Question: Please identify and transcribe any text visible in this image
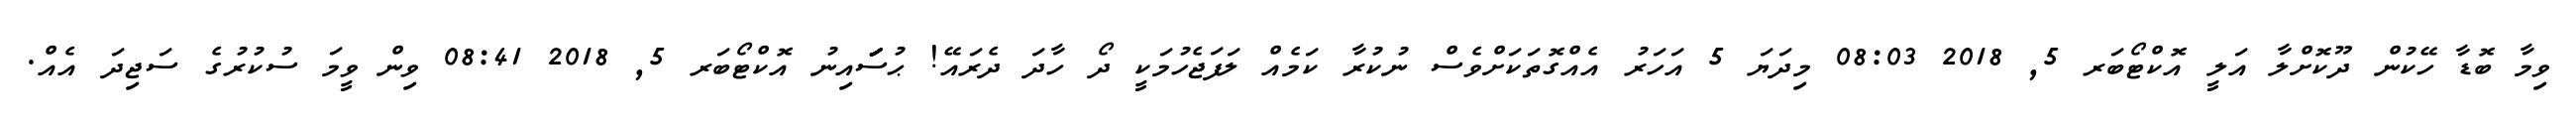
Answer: ވިމާ ބޮޑާ ހޭކުން ދޫކޮށްލާ އަލީ އޮކްޓޯބަރ 5, 2018 08:03 މިދަޔަ 5 އަހަރު އެއްގޮތަކަށްވެސް ނުކުރާ ކަމެއް ލަފަޖެހުމަކީ ދޯ ހާދަ ދެރައޭ! ޙުސަަަަަަަައިނު އޮކްޓޯބަރ 5, 2018 08:41 ވިން ވީމަ ސުކުރުގެ ސަޖިދަ އެއް.